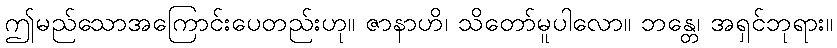
ဤမည်သောအကြောင်းပေတည်းဟု။ ဇာနာဟိ၊ သိတော်မူပါလော။ ဘန္တေ၊ အရှင်ဘုရား။